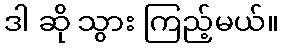
ဒါ ဆို သွား ကြည့်မယ်။